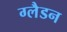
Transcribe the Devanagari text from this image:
ग्लैडन